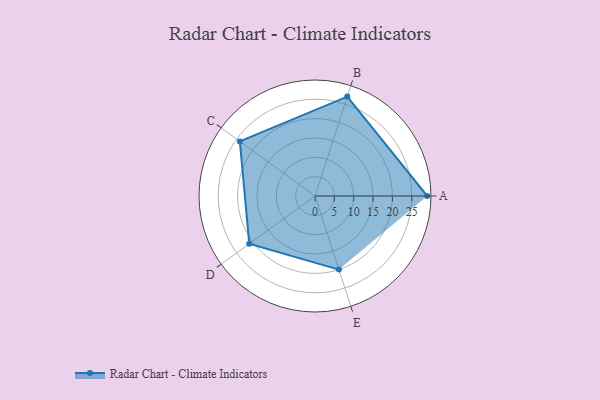
{"axis": {"x": "Skill", "y": "Score"}, "legend": ["Profile"], "data": [{"x": "A", "y": 29.0, "type": "Profile"}, {"x": "B", "y": 27.0, "type": "Profile"}, {"x": "C", "y": 24.0, "type": "Profile"}, {"x": "D", "y": 21.0, "type": "Profile"}, {"x": "E", "y": 20, "type": "Profile"}]}